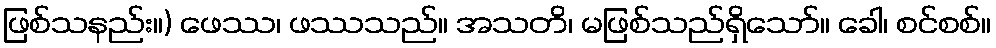
ဖြစ်သနည်း။) ဖေဿ၊ ဖဿသည်။ အသတိ၊ မဖြစ်သည်ရှိသော်။ ခေါ၊ စင်စစ်။